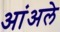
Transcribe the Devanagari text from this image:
आंअले